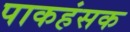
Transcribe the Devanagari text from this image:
पाकहंसक